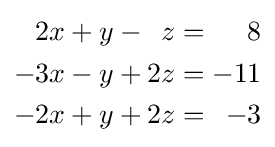
{\begin{alignedat}{4}2x&{}+{}&y&{}-{}&z&{}={}&8&\\-3x&{}-{}&y&{}+{}&2z&{}={}&-11&\\-2x&{}+{}&y&{}+{}&2z&{}={}&-3&\end{alignedat}}